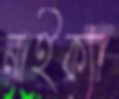
নাইক্যা